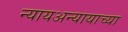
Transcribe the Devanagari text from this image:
न्यायअन्यायाच्या